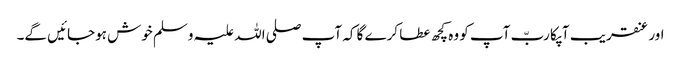
اور عنقریب آپکا ربّ آپ کو وہ کچھ عطا کرے گا کہ آپ صلی اللہ علیہ وسلم خوش ہوجائیں گے۔